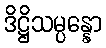
ဒိဋ္ဌိသမ္ပန္နော